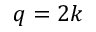
q = 2 k